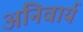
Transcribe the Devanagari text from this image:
अनिवार्य